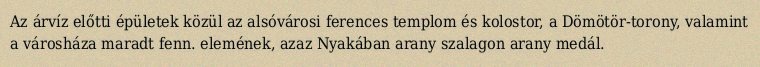
Az árvíz előtti épületek közül az alsóvárosi ferences templom és kolostor, a Dömötör-torony, valamint a városháza maradt fenn. elemének, azaz Nyakában arany szalagon arany medál.